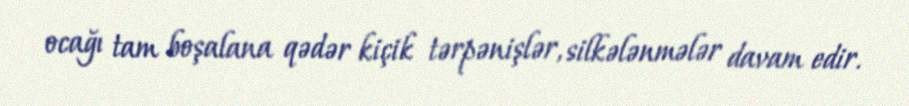
ocağı tam boşalana qədər kiçik tərpənişlər, silkələnmələr davam edir.